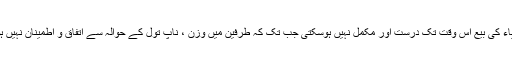
ان اشیاء کی بیع اُس وقت تک درست اور مکمل نہیں ہوسکتی جب تک کہ طرفین میں وزن ، ناپ تول کے حوالہ سے اتفاق و اطمینان نہیں ہوجاتا۔